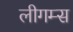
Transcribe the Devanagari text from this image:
लीगम्स